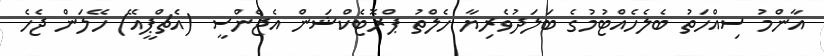
އާންމު ސިއްހަތު ބެލެހެއްޓުމުގެ ބަލަދުވެރިޔާ ހެލްތު ޕްރޮޓެކްޝަން އެޖެންސީ (އެޗްޕީއޭ) ހޭލަން ޖެހެ